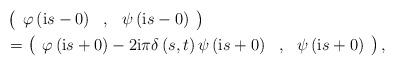
LaTeX: \begin{align*}& \left(\begin{array}[c]{ccc}\varphi\left( \mathrm{i}s-0\right) & , & \psi\left( \mathrm{i}s-0\right)\end{array}\right) \\& =\left(\begin{array}[c]{ccc}\varphi\left( \mathrm{i}s+0\right) -2\mathrm{i}\pi\delta\left( s,t\right)\psi\left( \mathrm{i}s+0\right) & , & \psi\left( \mathrm{i}s+0\right)\end{array}\right) ,\end{align*}